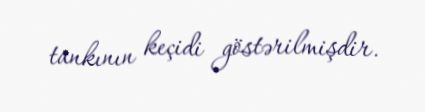
tankının keçidi göstərilmişdir.